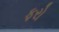
ફરો